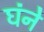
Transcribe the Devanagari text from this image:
घंने